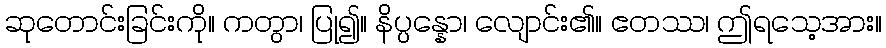
ဆုတောင်းခြင်းကို။ ကတွာ၊ ပြု၍။ နိပ္ပန္နော၊ လျောင်း၏။ ဧတဿ၊ ဤရသေ့အား။